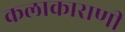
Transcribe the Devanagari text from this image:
कलाकाराणी